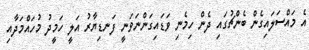
އެ މައްސަލައިގެން ބެންޗުގައި ދެން ހިމެނި ވަޑައިގަންނަވަނީ ފަނޑިޔާރު އަލީ ހަމީދު މުހައްމަދާއި